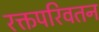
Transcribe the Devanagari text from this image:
रक्तपरिवतन